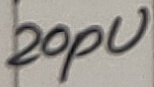
Text: 20pU